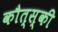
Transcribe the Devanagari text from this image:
कौत्स्की